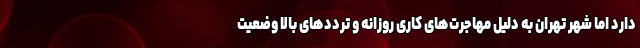
دارد اما شهر تهران به دلیل مهاجرت‌های کاری روزانه و ترددهای بالا وضعیت